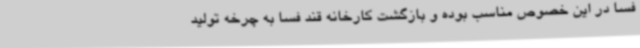
فسا در این خصوص مناسب بوده و بازگشت کارخانه قند فسا به چرخه تولید